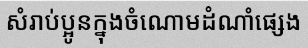
សំរាប់ប្អូនក្នុងចំណោមដំណាំផ្សេង